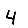
Digit: 4